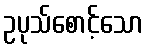
ဥပုသ်စောင့်သော